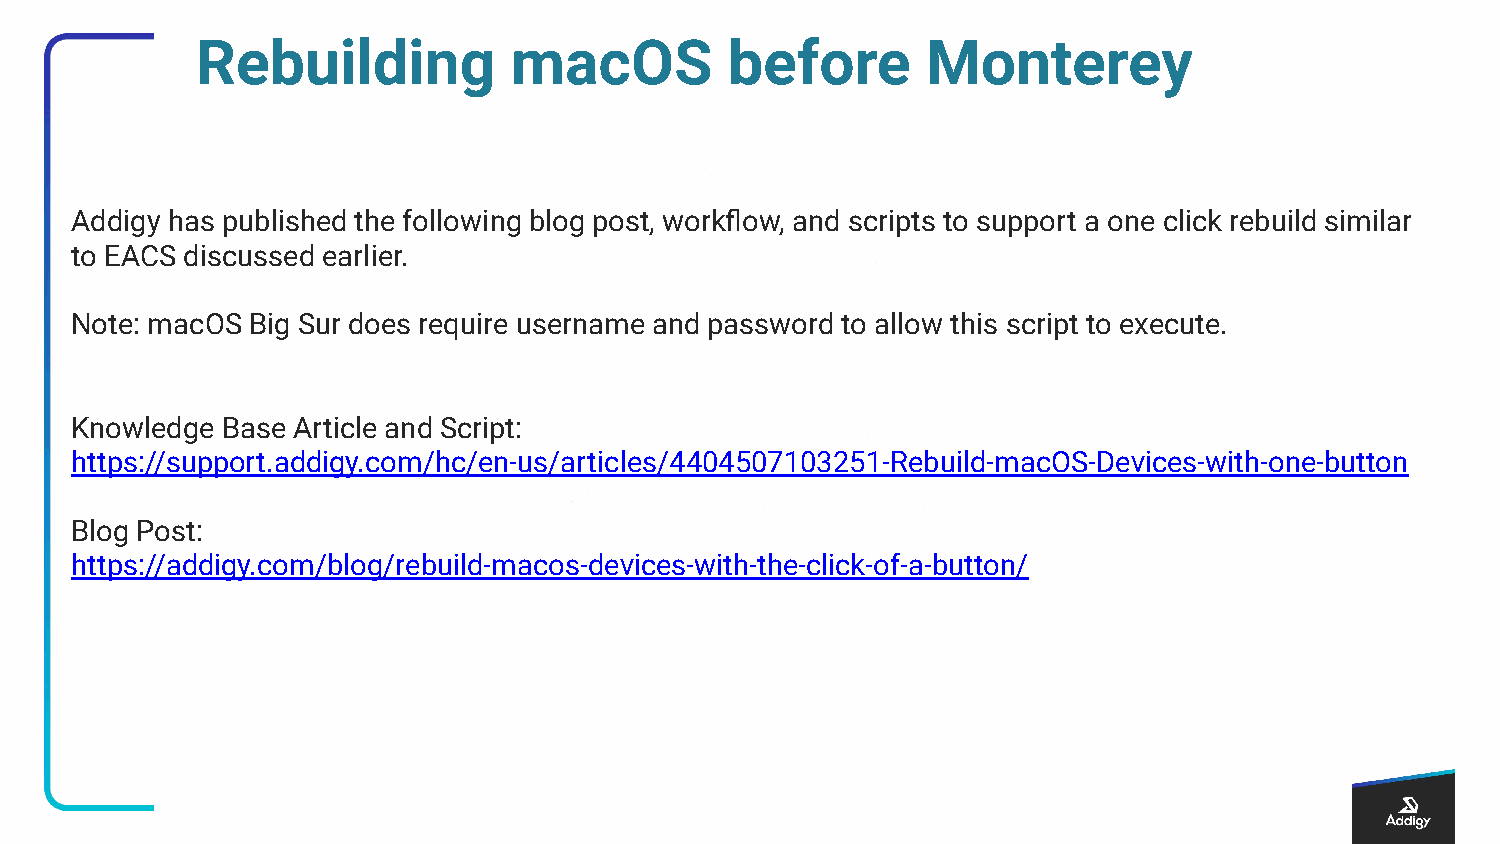
Rebuilding           macOS         before       Monterey
 Addigy has published the following blog post, workflow, and scripts to support a one click rebuild similar
 to EACS discussed earlier.
 Note: macOS Big Sur does require username and password to allow this script to execute.
 Knowledge Base Article and Script:
 https://support.addigy.com/hc/en-us/articles/4404507103251-Rebuild-macOS-Devices-with-one-button
 Blog Post:
 https://addigy.com/blog/rebuild-macos-devices-with-the-click-of-a-button/